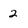
Character: 2